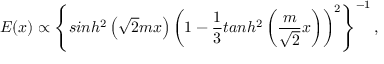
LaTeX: E ( x ) \propto \left\{ s i n h ^ { 2 } \left( \sqrt { 2 } m x \right) \left( 1 - \frac 1 3 t a n h ^ { 2 } \left( \frac { m } { \sqrt 2 } x \right) \right) ^ { 2 } \right\} ^ { - 1 } ,